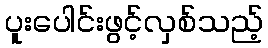
ပူးပေါင်းဖွင့်လှစ်သည့်